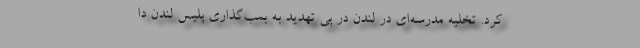
کرد. تخلیه مدرسه‌ای در لندن در پی تهدید به بمب‌گذاری پلیس لندن دا